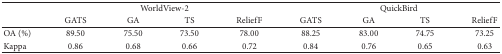
| <ROWSPAN=2>  | <COLSPAN=4> WorldView-2 | <COLSPAN=4> QuickBird |
 | GATS | GA | TS | ReliefF | GATS | GA | TS | ReliefF |
 | --- | --- | --- | --- | --- | --- | --- | --- | --- |
 | OA (%) | 89.50 | 75.50 | 73.50 | 78.00 | 88.25 | 83.00 | 74.75 | 73.25 |
 | Kappa | 0.86 | 0.68 | 0.66 | 0.72 | 0.84 | 0.76 | 0.65 | 0.63 |